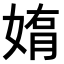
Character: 𫱄